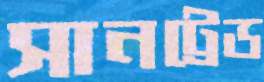
সানট্রেড